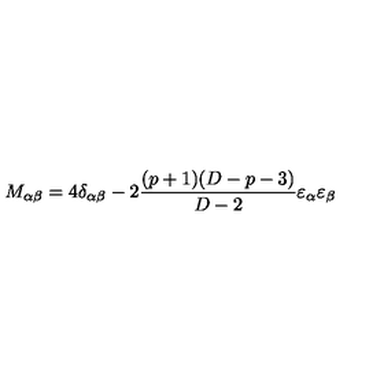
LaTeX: M _ { \alpha \beta } = 4 \delta _ { \alpha \beta } - 2 \frac { ( p + 1 ) ( D - p - 3 ) } { D - 2 } \varepsilon _ { \alpha } \varepsilon _ { \beta }